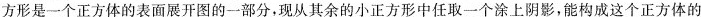
方形是一个正方体的表面展开图的一部分，现从其余的小正方形中任取一个涂上阴影，能构成这个正方体的